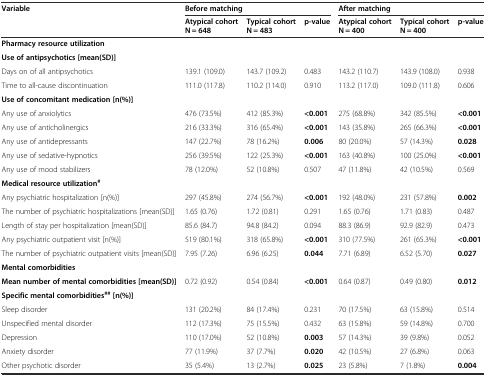
<table><thead><tr><td rowspan="2"><b>Variable</b></td><td colspan="3"><b>Before matching</b></td><td colspan="3"><b>After matching</b></td></tr><tr><td><b>Atypical cohort N = 648</b></td><td><b>Typical cohortN = 483</b></td><td><b>p-value</b></td><td><b>Atypical cohort N = 400</b></td><td><b>Typical cohort N = 400</b></td><td><b>p-value</b></td></tr></thead><tbody><tr><td><b>Pharmacy resource utilization</b></td><td></td><td></td><td></td><td></td><td></td><td></td></tr><tr><td><b>Use of antipsychotics [mean(SD)]</b></td><td></td><td></td><td></td><td></td><td></td><td></td></tr><tr><td>Days on of all antipsychotics</td><td>139.1 (109.0)</td><td>143.7 (109.2)</td><td>0.483</td><td>143.2 (110.7)</td><td>143.9 (108.0)</td><td>0.938</td></tr><tr><td>Time to all-cause discontinuation</td><td>111.0 (117.8)</td><td>110.2 (114.0)</td><td>0.910</td><td>113.2 (117.0)</td><td>109.0 (111.8)</td><td>0.606</td></tr><tr><td><b>Use of concomitant medication [n(%)]</b></td><td></td><td></td><td></td><td></td><td></td><td></td></tr><tr><td>Any use of anxiolytics</td><td>476 (73.5%)</td><td>412 (85.3%)</td><td><b>&lt;0.001</b></td><td>275 (68.8%)</td><td>342 (85.5%)</td><td><b>&lt;0.001</b></td></tr><tr><td>Any use of anticholinergics</td><td>216 (33.3%)</td><td>316 (65.4%)</td><td><b>&lt;0.001</b></td><td>143 (35.8%)</td><td>265 (66.3%)</td><td><b>&lt;0.001</b></td></tr><tr><td>Any use of antidepressants</td><td>147 (22.7%)</td><td>78 (16.2%)</td><td><b>0.006</b></td><td>80 (20.0%)</td><td>57 (14.3%)</td><td><b>0.028</b></td></tr><tr><td>Any use of sedative-hypnotics</td><td>256 (39.5%)</td><td>122 (25.3%)</td><td><b>&lt;0.001</b></td><td>163 (40.8%)</td><td>100 (25.0%)</td><td><b>&lt;0.001</b></td></tr><tr><td>Any use of mood stabilizers</td><td>78 (12.0%)</td><td>52 (10.8%)</td><td>0.507</td><td>47 (11.8%)</td><td>42 (10.5%)</td><td>0.569</td></tr><tr><td><b>Medical resource utilization</b><sup><b>#</b></sup></td><td></td><td></td><td></td><td></td><td></td><td></td></tr><tr><td>Any psychiatric hospitalization [n(%)]</td><td>297 (45.8%)</td><td>274 (56.7%)</td><td><b>&lt;0.001</b></td><td>192 (48.0%)</td><td>231 (57.8%)</td><td><b>0.002</b></td></tr><tr><td>The number of psychiatric hospitalizations [mean(SD)]</td><td>1.65 (0.76)</td><td>1.72 (0.81)</td><td>0.291</td><td>1.65 (0.76)</td><td>1.71 (0.83)</td><td>0.487</td></tr><tr><td>Length of stay per hospitalization [mean(SD)]</td><td>85.6 (84.7)</td><td>94.8 (84.2)</td><td>0.094</td><td>88.3 (86.9)</td><td>92.9 (82.9)</td><td>0.473</td></tr><tr><td>Any psychiatric outpatient visit [n(%)]</td><td>519 (80.1%)</td><td>318 (65.8%)</td><td><b>&lt;0.001</b></td><td>310 (77.5%)</td><td>261 (65.3%)</td><td><b>&lt;0.001</b></td></tr><tr><td>The number of psychiatric outpatient visits [mean(SD)]</td><td>7.95 (7.26)</td><td>6.96 (6.25)</td><td><b>0.044</b></td><td>7.71 (6.89)</td><td>6.52 (5.70)</td><td><b>0.027</b></td></tr><tr><td><b>Mental comorbidities</b></td><td></td><td></td><td></td><td></td><td></td><td></td></tr><tr><td><b>Mean number of mental comorbidities [mean(SD)]</b></td><td>0.72 (0.92)</td><td>0.54 (0.84)</td><td><b>&lt;0.001</b></td><td>0.64 (0.87)</td><td>0.49 (0.80)</td><td><b>0.012</b></td></tr><tr><td><b>Specific mental comorbidities</b><sup><b>##</b></sup><b>[n(%)]</b></td><td></td><td></td><td></td><td></td><td></td><td></td></tr><tr><td>Sleep disorder</td><td>131 (20.2%)</td><td>84 (17.4%)</td><td>0.231</td><td>70 (17.5%)</td><td>63 (15.8%)</td><td>0.514</td></tr><tr><td>Unspecified mental disorder</td><td>112 (17.3%)</td><td>75 (15.5%)</td><td>0.432</td><td>63 (15.8%)</td><td>59 (14.8%)</td><td>0.700</td></tr><tr><td>Depression</td><td>110 (17.0%)</td><td>52 (10.8%)</td><td><b>0.003</b></td><td>57 (14.3%)</td><td>39 (9.8%)</td><td>0.052</td></tr><tr><td>Anxiety disorder</td><td>77 (11.9%)</td><td>37 (7.7%)</td><td><b>0.020</b></td><td>42 (10.5%)</td><td>27 (6.8%)</td><td>0.063</td></tr><tr><td>Other psychotic disorder</td><td>35 (5.4%)</td><td>13 (2.7%)</td><td><b>0.025</b></td><td>23 (5.8%)</td><td>7 (1.8%)</td><td><b>0.004</b></td></tr></tbody></table>